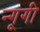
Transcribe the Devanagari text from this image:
न्गूगी